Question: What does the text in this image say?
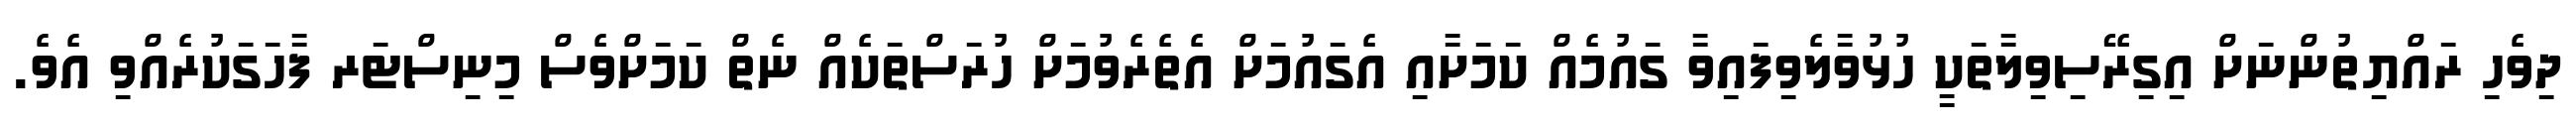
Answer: ދިވެހި ރައްޔިތުންނަށް އިގިރޭސިވިލާތަކީ ހުޅުވާލެވިފައިވާ ގައުމެއް ކަމަށާއި އެގައުމަށް އެތެރެވުމަށް ހުރަސްތަކެއް ނެތް ކަމަށްވެސް މިނިސްޓަރ ފާހަގަކުރެއްވި އެވެ.